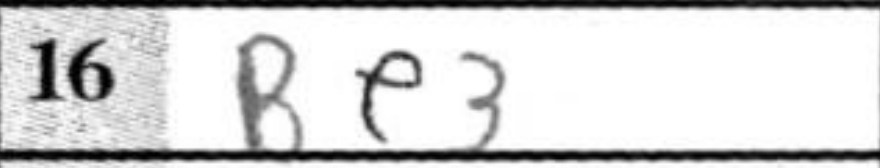
Transcription: Be3